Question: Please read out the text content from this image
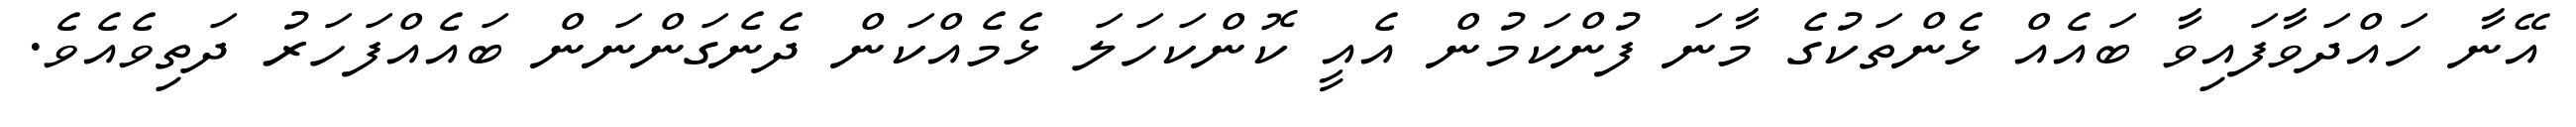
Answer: އޭނާ ހައްދަވާފައިވާ ބައެއް ޅެންތަކުގެ މާނަ ފުންކަމުން އެއީ ކޮންކަހަލަ ޅެމެއްކަން ދެނެގަންނަން ބައެއްފަހަރު ދަތިވެއެވެ.